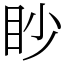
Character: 眇